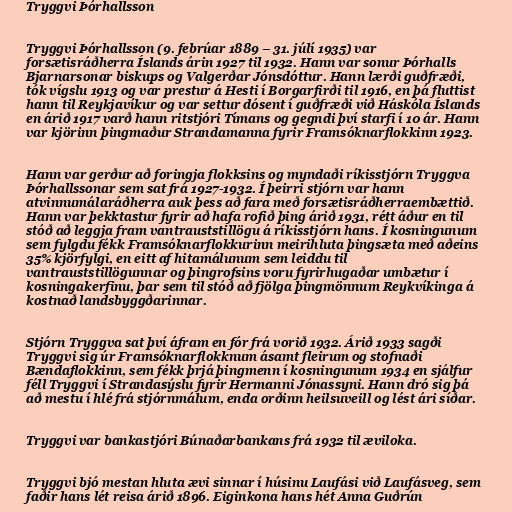
Tryggvi Þórhallsson

Tryggvi Þórhallsson (9. febrúar 1889 – 31. júlí 1935) var
forsætisráðherra Íslands árin 1927 til 1932. Hann var sonur Þórhalls
Bjarnarsonar biskups og Valgerðar Jónsdóttur. Hann lærði guðfræði,
tók vígslu 1913 og var prestur á Hesti í Borgarfirði til 1916, en þá fluttist
hann til Reykjavíkur og var settur dósent í guðfræði við Háskóla Íslands
en árið 1917 varð hann ritstjóri Tímans og gegndi því starfi í 10 ár. Hann
var kjörinn þingmaður Strandamanna fyrir Framsóknarflokkinn 1923.

Hann var gerður að foringja flokksins og myndaði ríkisstjórn Tryggva
Þórhallssonar sem sat frá 1927-1932. Í þeirri stjórn var hann
atvinnumálaráðherra auk þess að fara með forsætisráðherraembættið.
Hann var þekktastur fyrir að hafa rofið þing árið 1931, rétt áður en til
stóð að leggja fram vantrauststillögu á ríkisstjórn hans. Í kosningunum
sem fylgdu fékk Framsóknarflokkurinn meirihluta þingsæta með aðeins
35% kjörfylgi, en eitt af hitamálunum sem leiddu til
vantrauststillögunnar og þingrofsins voru fyrirhugaðar umbætur í
kosningakerfinu, þar sem til stóð að fjölga þingmönnum Reykvíkinga á
kostnað landsbyggðarinnar.

Stjórn Tryggva sat því áfram en fór frá vorið 1932. Árið 1933 sagði
Tryggvi sig úr Framsóknarflokknum ásamt fleirum og stofnaði
Bændaflokkinn, sem fékk þrjá þingmenn í kosningunum 1934 en sjálfur
féll Tryggvi í Strandasýslu fyrir Hermanni Jónassyni. Hann dró sig þá
að mestu í hlé frá stjórnmálum, enda orðinn heilsuveill og lést ári síðar.

Tryggvi var bankastjóri Búnaðarbankans frá 1932 til æviloka.

Tryggvi bjó mestan hluta ævi sinnar í húsinu Laufási við Laufásveg, sem
faðir hans lét reisa árið 1896. Eiginkona hans hét Anna Guðrún